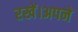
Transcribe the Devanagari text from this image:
रखें।अपने